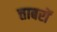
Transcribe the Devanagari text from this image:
त्ताबरों